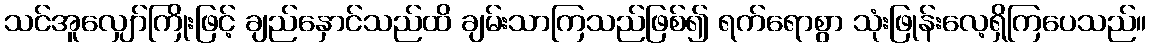
သင်အူလျှော်ကြိုးဖြင့် ချည်နှောင်သည်ထိ ချမ်းသာကြသည်ဖြစ်၍ ရက်ရောစွာ သုံးဖြုန်းလေ့ရှိကြပေသည်။